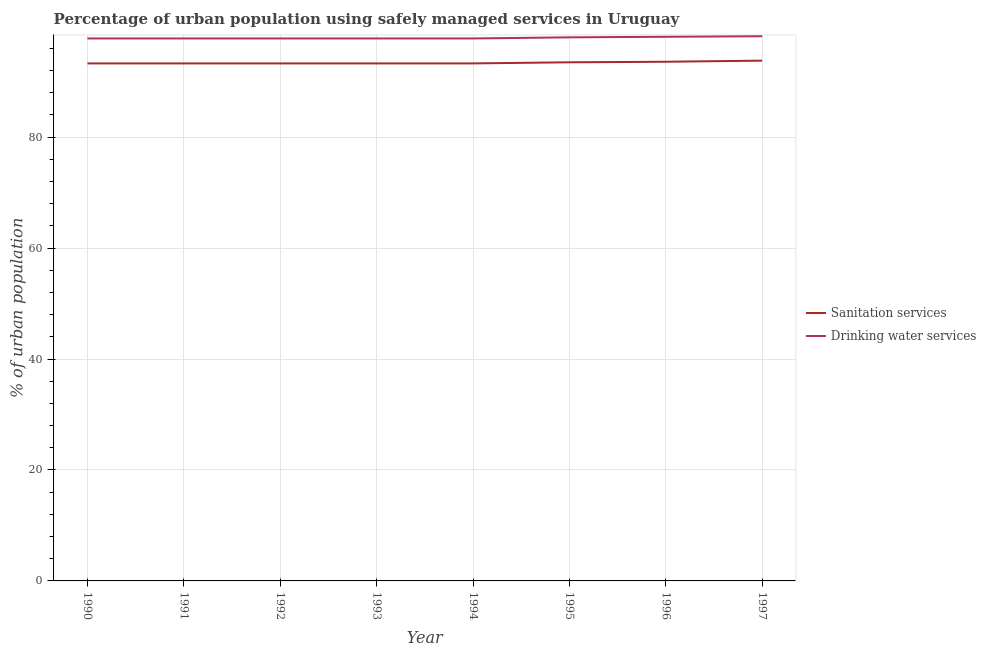
| Year | Sanitation services | Drinking water services |
 | --- | --- | --- |
 | 1990 | 93.3 | 97.8 |
 | 1991 | 93.3 | 97.8 |
 | 1992 | 93.3 | 97.8 |
 | 1993 | 93.3 | 97.8 |
 | 1994 | 93.3 | 97.8 |
 | 1995 | 93.5 | 98 |
 | 1996 | 93.6 | 98.1 |
 | 1997 | 93.8 | 98.2 |